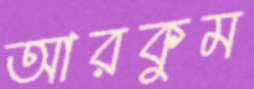
আরকুম